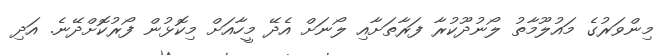
މިންވަރުގެ މައުލޫމާތު ލޯނުދޫކުރާ ފަރާތަށާއި ލޯނަށް އެދޭ މީހާއަށް މިކޮޅުން ފޯރުކޮށްދޭނެ. އަދި